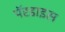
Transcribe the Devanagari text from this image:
पॅरडाइस